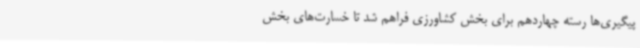
پیگیری‌ها رسته چهاردهم برای بخش کشاورزی فراهم شد تا خسارت‌های بخش